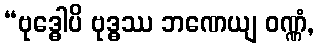
“ဗုဒ္ဓေါပိ ဗုဒ္ဓဿ ဘဏေယျ ဝဏ္ဏံ,